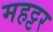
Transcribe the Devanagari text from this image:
महट्टर